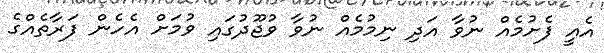
އެއީ ފެށުމެއް ނުވާ އަދި ނިމުމެއް ނުވާ ވުޖޫދުގައި ވުމަށް އެހެން ފަރާތެއްގެ